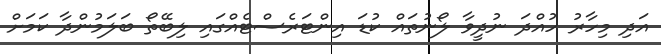
އަދި މިހާރު ހުއްދަ ނުދީވާ ލޯނުތައް ކުޑަ އިންޓަރެސްޓެއްގައި ލިބޭތޯ ބަލަމުންދާ ކަމަށް